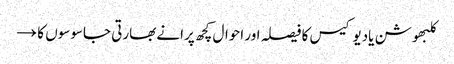
کلبھوشن یادیو کیس کا فیصلہ اور احوال کچھ پرانے بھارتی جاسوسوں کا →